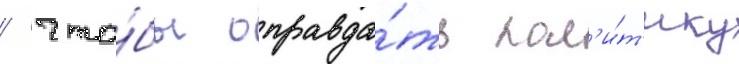
/ что́бы оправда́ть пол'и́т'ику